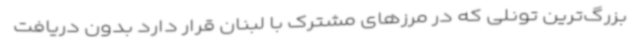
بزرگ‌ترین تونلی که در مرزهای مشترک با لبنان قرار دارد بدون دریافت